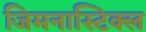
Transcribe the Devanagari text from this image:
जिमनास्टिक्ल